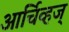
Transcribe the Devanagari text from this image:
आर्चिव्हज्